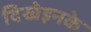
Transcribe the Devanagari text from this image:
दिखेइनके